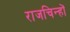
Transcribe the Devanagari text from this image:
राजचिन्हों